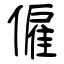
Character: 僱